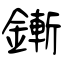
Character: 鏩